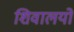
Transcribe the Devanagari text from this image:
शिवालयो